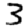
Digit: 3